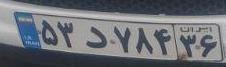
۵۳د۷۸۴۳۶